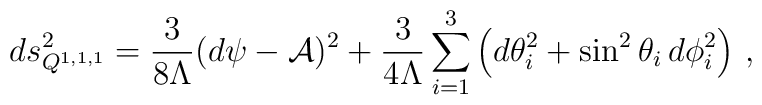
ds^2_{Q^{1,1,1}}=\frac{3}{8\Lambda}(d\psi-{\cal A})^2+\frac{3}{4\Lambda}\sum_{i=1}^3\left(d\theta_i^2+\sin^2\theta_i\,d\phi_i^2\right)\,,